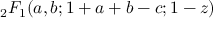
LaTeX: \, _ { 2 } F _ { 1 } ( a , b ; 1 + a + b - c ; 1 - z )